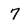
Character: 7